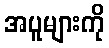
အပူများကို